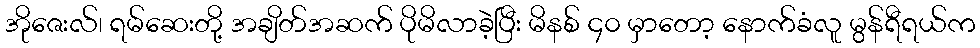
အိုဇေးလ်၊ ရမ်ဆေးတို့ အချိတ်အဆက် ပိုမိလာခဲ့ပြီး မိနစ် ၄၀ မှာတော့ နောက်ခံလူ မွန်ရီရယ်က